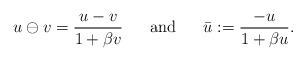
LaTeX: \begin{align*}u\ominus v = \frac{u-v}{1+\beta v} \ \ \ \ \mbox{ and } \ \ \ \ \bar u := \frac{-u}{1+\beta u}.\end{align*}